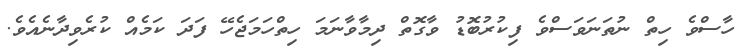
ހާސްވެ ހިތް ނުތަނަވަސްވެ ފިކުރުބޮޑު ވާގޮތް ދިމާވާނަމަ ހިތްހަމަޖެހޭ ފަދަ ކަމެއް ކުރެވިދާނެއެވެ.